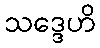
သဒ္ဒေဟိ